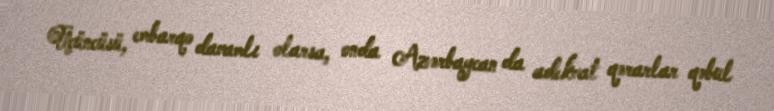
Üçüncüsü, embarqo davamlı olarsa, onda Azərbaycan da adekvat qərarlar qəbul